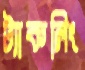
ট্যাকলিং